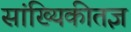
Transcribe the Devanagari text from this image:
सांख्यिकीतज्ञ